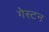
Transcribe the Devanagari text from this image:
गेस्टन